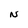
Character: N